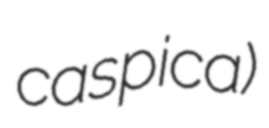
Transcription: caspica)